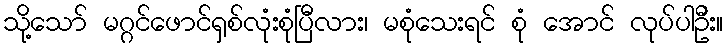
သို့သော် မဂ္ဂင်ဖောင်ရှစ်လုံးစုံပြီလား၊ မစုံသေးရင် စုံ အောင် လုပ်ပါဦး။